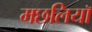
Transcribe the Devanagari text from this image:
मछलियाॅ